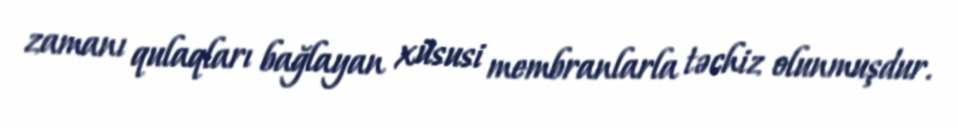
zamanı qulaqları bağlayan xüsusi membranlarla təchiz olunmuşdur.